Riigikantselei, lk 55
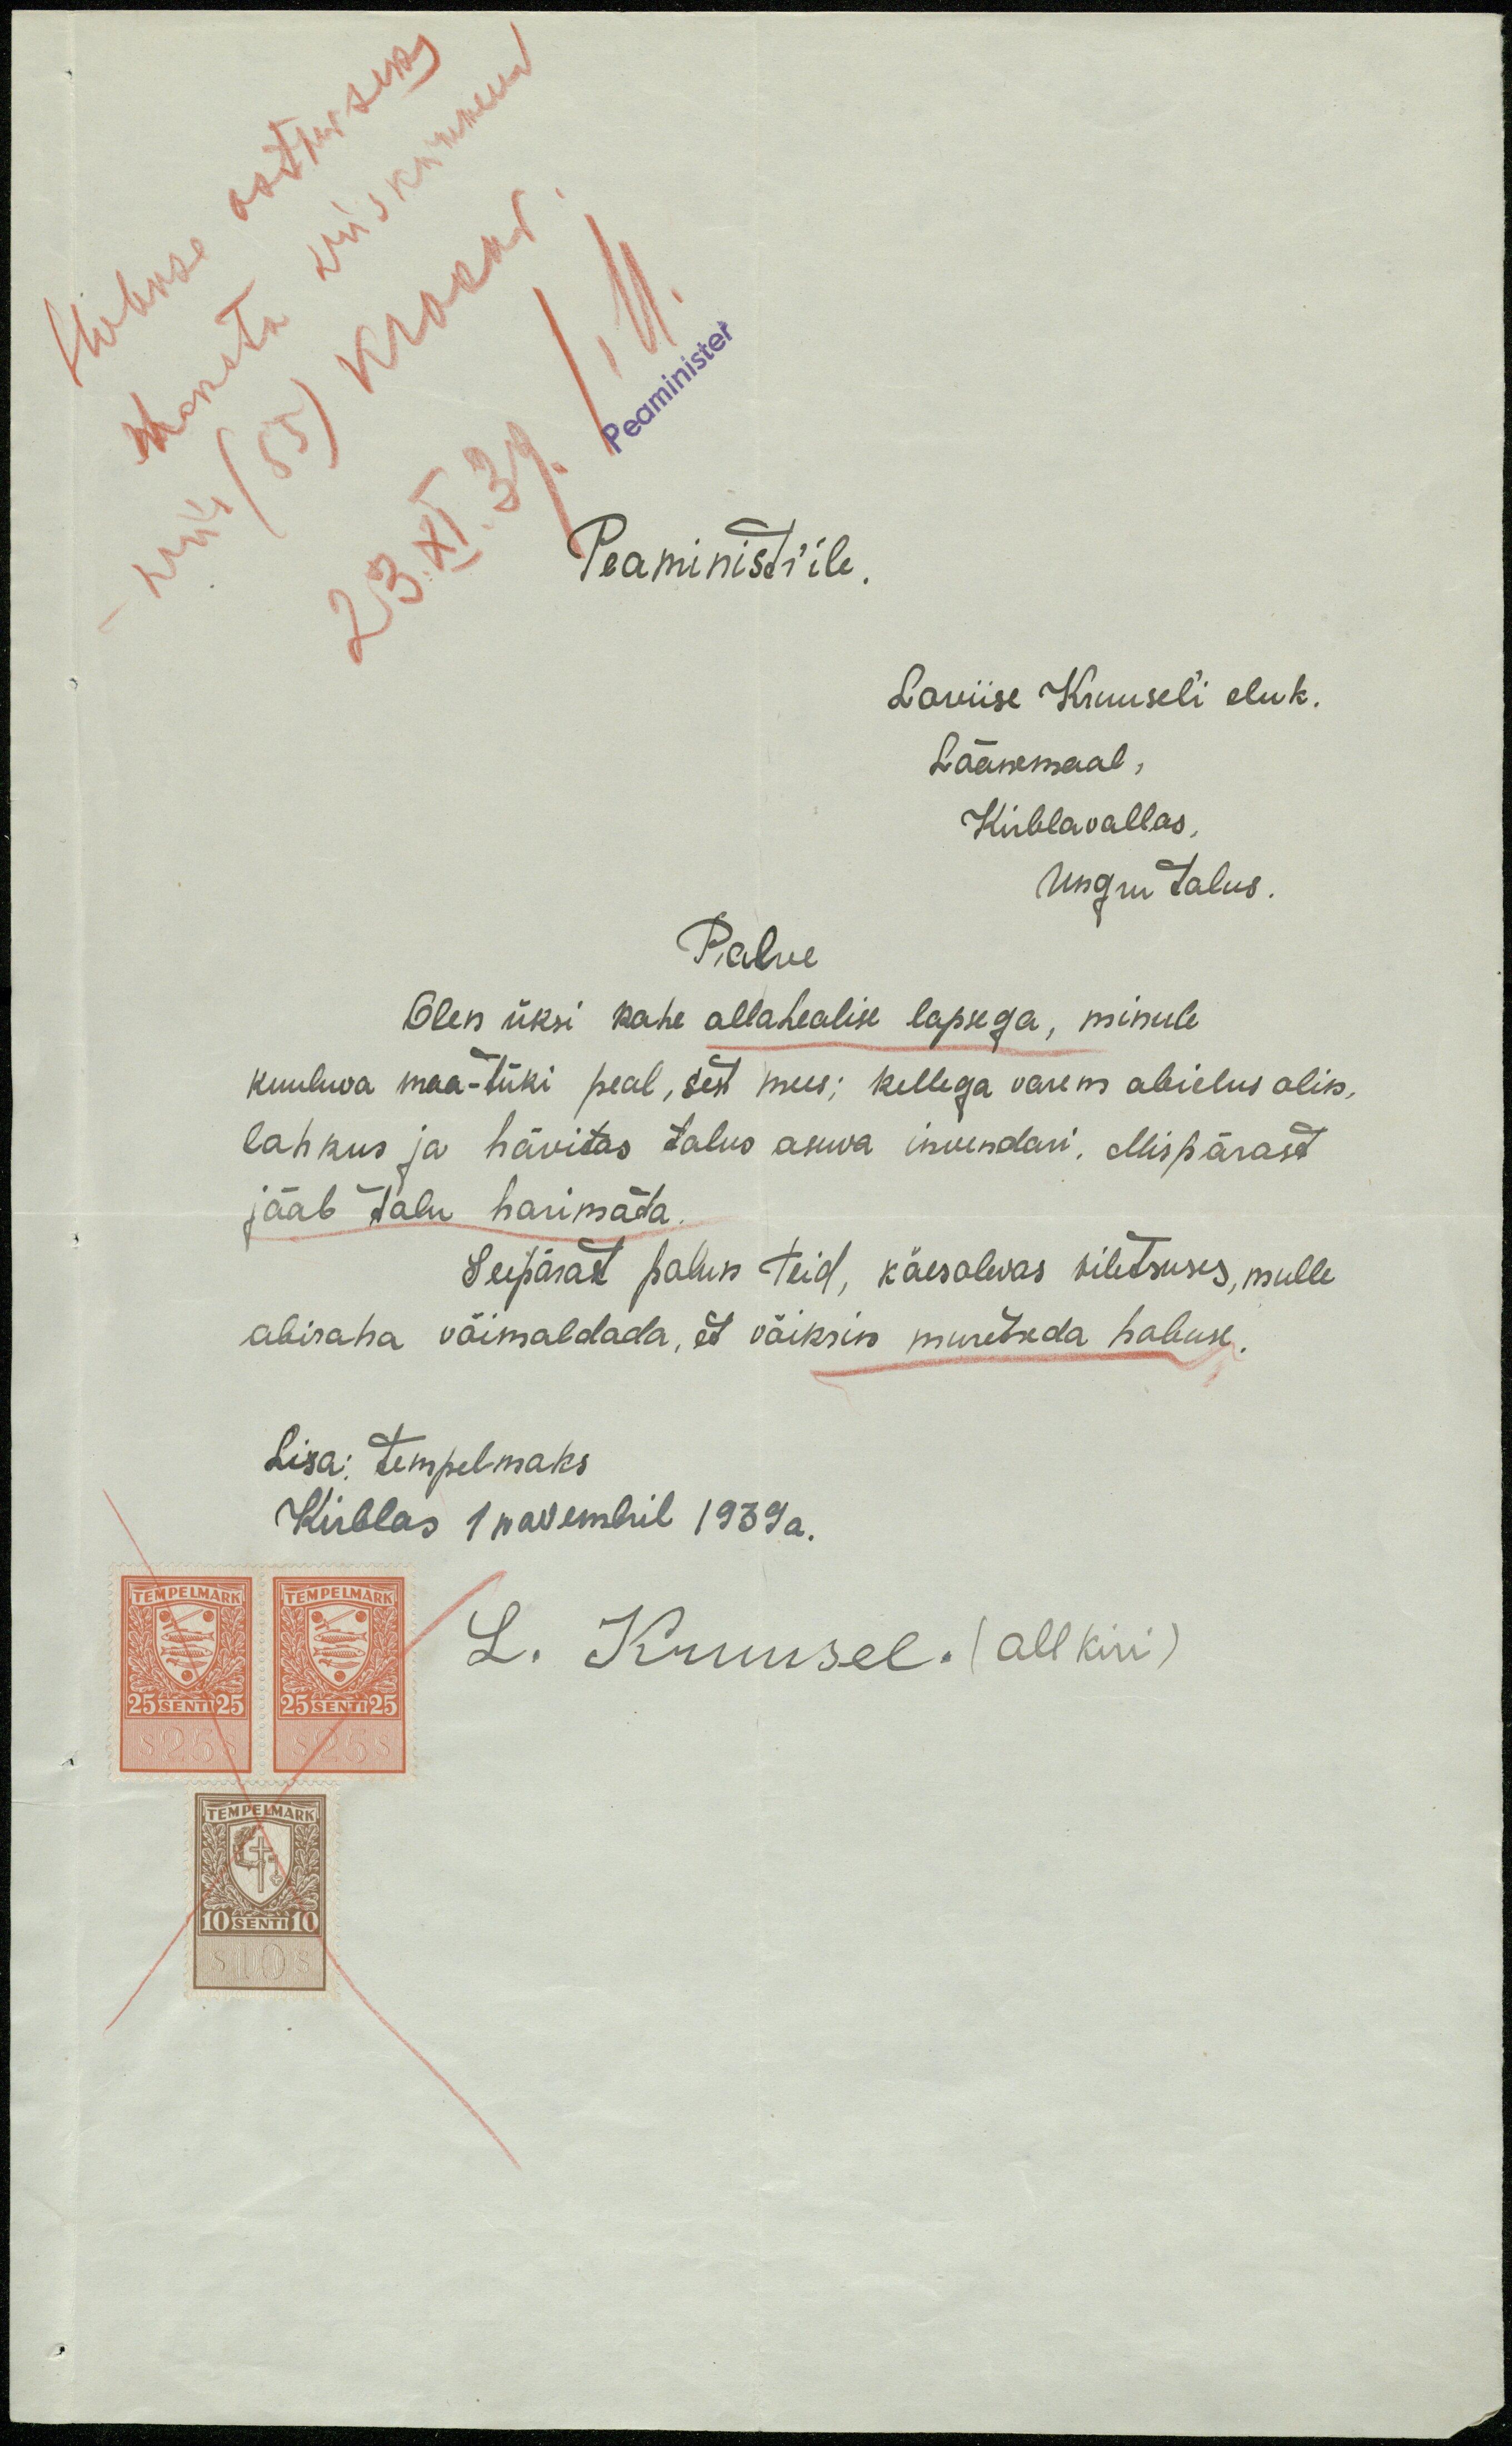
Peaministrile
Loviise Kruusel'i eluk.
Läänemaal
Kirbla vallas.
Ungru talus.
Palve
Olen üksi kahe allahealise lapsega, minule
kuuluva maa-tüki peal, sest mees; kellega varem abielus olin,
lahkus ja hävitas talus asuva invendari. Mispärast
jääb talu harimata.
Seepärast palun teid, käesolevas viletsuses, mulle
abiraha võimaldada, et väiksin muretseda hobuse.
Lisa: Tempelmaks
Kirblas 1 novembril 1939a.
L. Kruusel.  (allkiri)